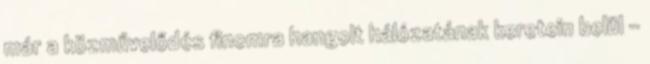
már a közművelődés finomra hangolt hálózatának keretein belül –